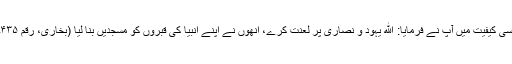
اسی کیفیت میں آپ نے فرمایا: ﷲ یہود و نصاریٰ پر لعنت کرے، انھوں نے اپنے انبیا کی قبروں کو مسجدیں بنا لیا (بخاری، رقم ۴۳۵۔